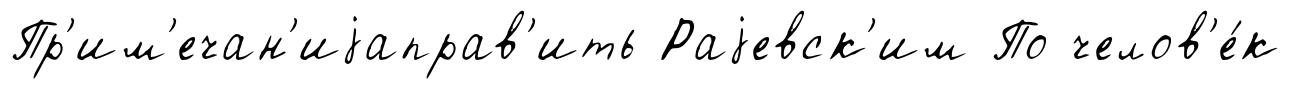
Пр'им'ечан'иjаправ'ить Раjевск'им По челов'е́к